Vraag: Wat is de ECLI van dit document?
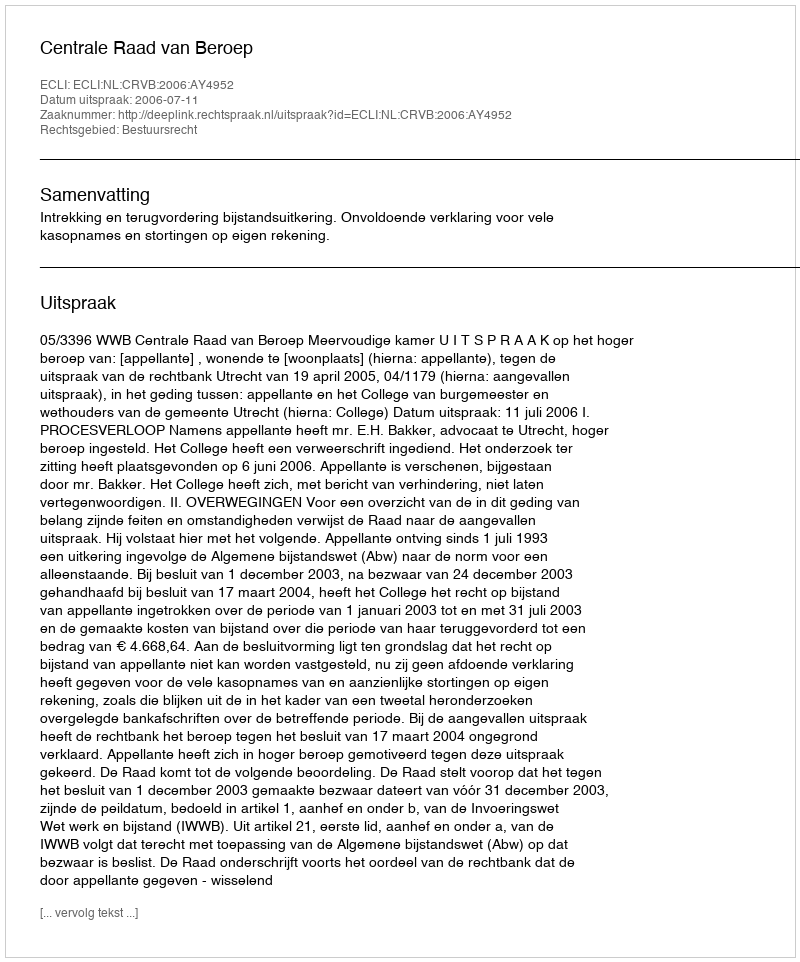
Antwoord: ECLI:NL:CRVB:2006:AY4952